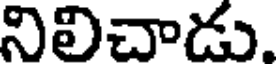
నిలిచాడు.